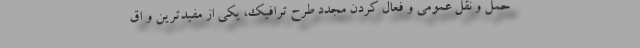
حمل و نقل عمومی و فعال کردن مجدد طرح ترافیک، یکی از مفیدترین و اق